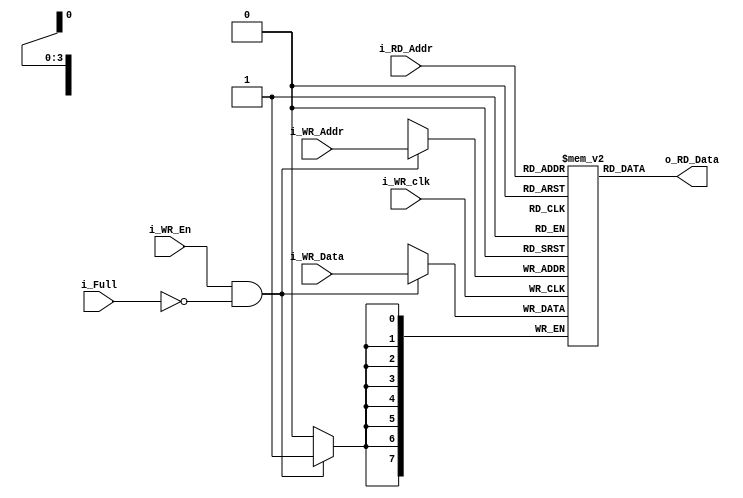
// FIFO RAM 
module FIFO_RAM

	#(
	// Parameters
	parameter WIDTH = 8,
	parameter DEPTH = 4
	)
	
	(
	input i_WR_clk,
	input i_WR_En,
	input i_Full,
	input [DEPTH-1:0] i_WR_Addr, i_RD_Addr,
	input [WIDTH-1:0] i_WR_Data,
	output [WIDTH-1:0] o_RD_Data   
	);

	// Memory Declaration
  	reg [WIDTH-1:0] r_Mem[2**DEPTH-1:0];

	// Write operation
	always @ (posedge i_WR_clk)
	begin
		if (i_WR_En && ~ i_Full)
		begin
			r_Mem[i_WR_Addr] <= i_WR_Data;
    	end
	end	

	assign o_RD_Data = r_Mem[i_RD_Addr];

endmodule